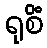
ရုစိံ